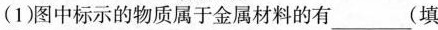
(1)图中标示的物质属于金属材料的有___(填